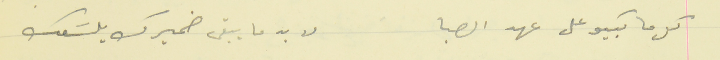
كل ما بكيو على عهد الصبا                                    لا بد ما يبقى ضميرك يلسَعك